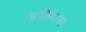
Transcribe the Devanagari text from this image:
प्रतिमान।